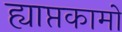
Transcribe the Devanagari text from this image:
ह्याप्तकामो